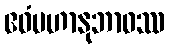
ဧဝံမဟာနုဘာဝဿ